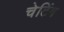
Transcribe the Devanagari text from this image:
चेटिंग